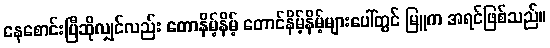
နေစောင်းပြီဆိုလျှင်လည်း တောနိမ့်နိမ့် တောင်နိမ့်နိမ့်များပေါ်တွင် မြူက အရင်ဖြစ်သည်။